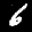
Label: 6